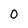
Character: 0